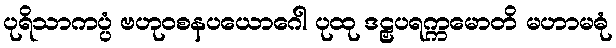
ပုရိသာကပ္ပံ ဗဟုဝစနပယောဂေါ ပုထု ဒဠှပရက္ကမောတိ မဟာမဓုံ